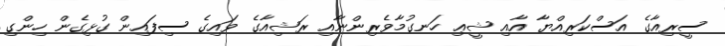
ސީރިއާގެ އަސްކަރިއްޔާ އާއި ޝީޢި ހަނގުމާވެރިންނާއި ރަޝިއާގެ ވައިގެ ސިފައިން ގުޅިގެން ހިންގި